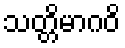
သတ္တိမာဂဝိ